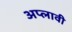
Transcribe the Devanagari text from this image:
अप्लावी